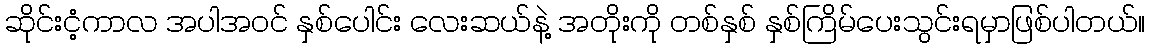
ဆိုင်းငံ့ကာလ အပါအဝင် နှစ်ပေါင်း လေးဆယ်နဲ့ အတိုးကို တစ်နှစ် နှစ်ကြိမ်ပေးသွင်းရမှာဖြစ်ပါတယ်။